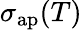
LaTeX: \sigma_{\mathrm{ap}}(T)